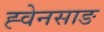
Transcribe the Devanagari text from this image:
ह्वेनसाङ